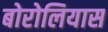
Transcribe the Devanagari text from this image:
बोरोलियास